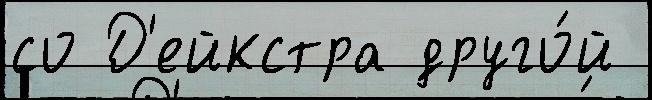
со Д'ейкстра друго́й